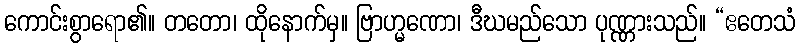
ကောင်းစွာရော၏။ တတော၊ ထိုနောက်မှ။ ဗြာဟ္မဏော၊ ဒီဃမည်သော ပုဏ္ဏားသည်။ “ဧတေသံ